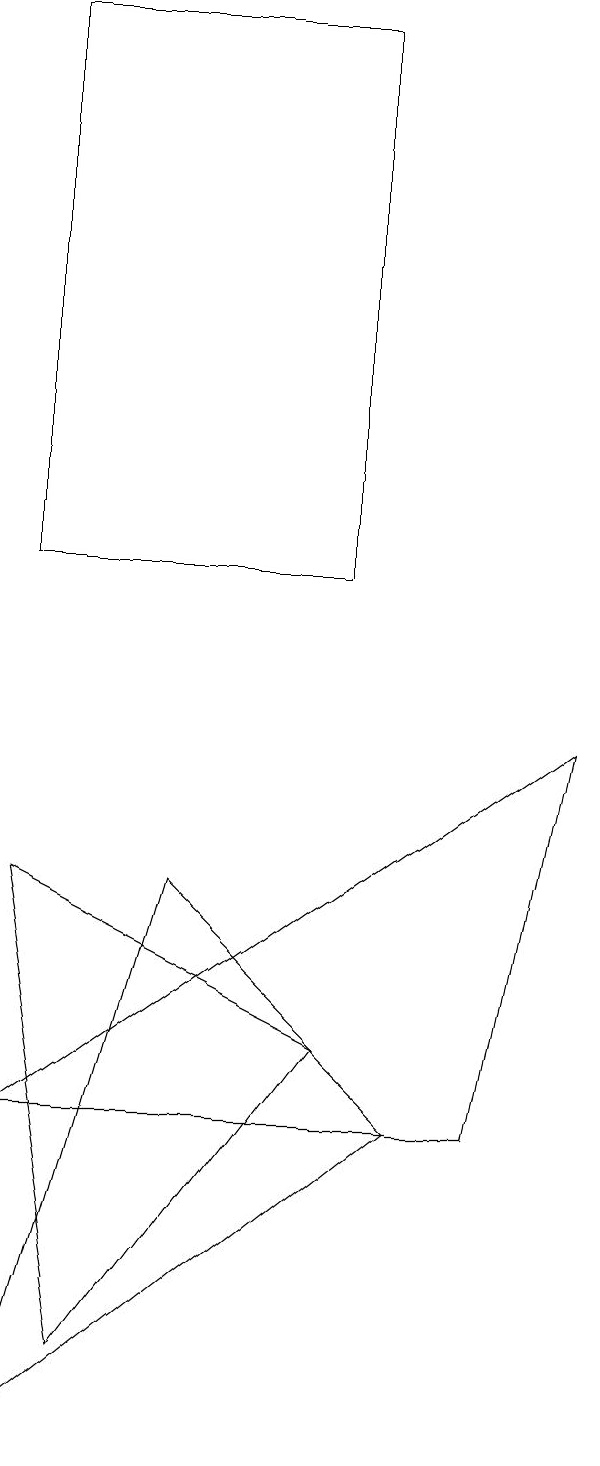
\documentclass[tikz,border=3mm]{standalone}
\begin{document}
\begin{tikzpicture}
\draw (2,4) -- (9,9) -- (8,4) -- cycle;
\draw (2,0) -- (7,4) -- (4,7) -- cycle;
\draw (3,1) -- (6,5) -- (2,7) -- cycle;
\draw (6,11) rectangle (2,18);
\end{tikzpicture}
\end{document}